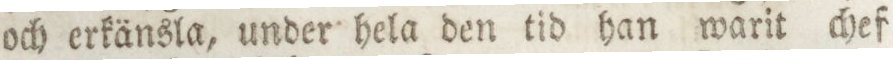
och erkänsla, under hela den tid han warit chef